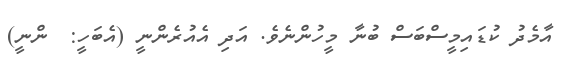
އާމެދު ކުޑައިމީސްބަސް ބުނާ މީހުންނެވެ. އަދި އެއުރެންނީ (އެބަހީ:  ންނީ)